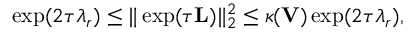
\exp ( 2 \tau \lambda _ { r } ) \leq \| \exp ( \tau \mathbf { L } ) \| _ { 2 } ^ { 2 } \leq \kappa ( \mathbf { V } ) \exp ( 2 \tau \lambda _ { r } ) ,